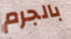
بالجرم